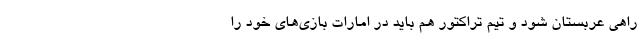
راهی عربستان شود و تیم تراکتور هم باید در امارات بازی‌های خود را